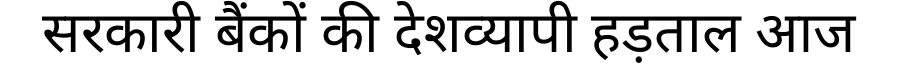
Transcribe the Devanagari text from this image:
सरकारी बैंकों की देशव्यापी हड़ताल आज